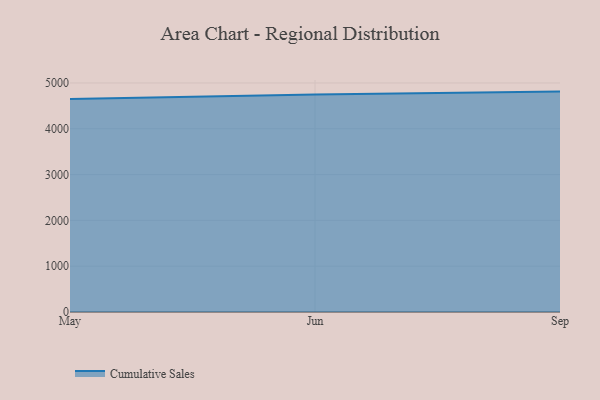
{"axis": {"x": "Month", "y": "Revenue (USD Million)"}, "legend": ["Cumulative Sales"], "data": [{"x": "May", "y": 4652.2, "type": "Cumulative Sales"}, {"x": "Jun", "y": 4749.5, "type": "Cumulative Sales"}, {"x": "Sep", "y": 4811.7, "type": "Cumulative Sales"}]}